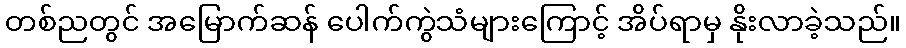
တစ်ညတွင် အမြောက်ဆန် ပေါက်ကွဲသံများကြောင့် အိပ်ရာမှ နိုးလာခဲ့သည်။